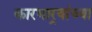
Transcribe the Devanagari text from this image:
कारभार्‍यांच्या